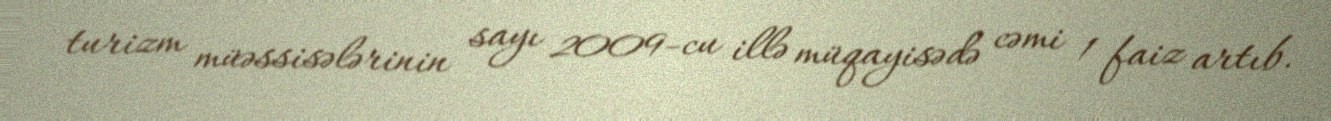
turizm müəssisələrinin sayı 2009-cu illə müqayisədə cəmi 1 faiz artıb.